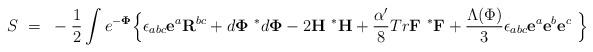
LaTeX: \begin{align*}S~=~-\frac{1}{2} \int e^{-{\bf \Phi}}\Bigl\{\epsilon_{abc}{\bf e}^a {\bf R}^{bc} + d{\bf \Phi}~{^{*}d}{\bf \Phi}- 2 {\bf H}~{^{*}{\bf H}}+{\alpha' \over 8} Tr {\bf F}~{^{*}{\bf F}}+ \frac{\Lambda(\Phi)}{3}\epsilon_{abc}{\bf e}^a{\bf e}^b{\bf e}^c~\Bigr\}\end{align*}